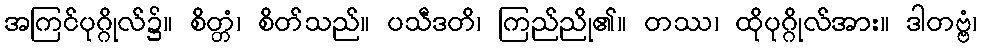
အကြင်ပုဂ္ဂိုလ်၌။ စိတ္တံ၊ စိတ်သည်။ ပသီဒတိ၊ ကြည်ညို၏။ တဿ၊ ထိုပုဂ္ဂိုလ်အား။ ဒါတဗ္ဗံ၊